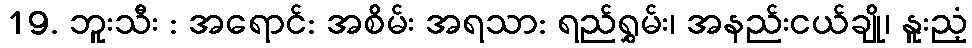
19. ဘူးသီး : အရောင်: အစိမ်း အရသာ: ရည်ရွှမ်း၊ အနည်းငယ်ချို၊ နူးညံ့